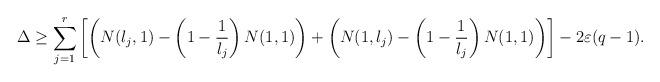
LaTeX: \begin{align*}\Delta \geq \sum_{j=1}^r\left[\left( N(l_j,1)-\left(1-\frac{1}{l_j}\right)N(1,1)\right)+ \left( N(1,l_j)-\left(1-\frac{1}{l_j}\right)N(1,1)\right)\right]-2 \varepsilon(q-1).\end{align*}